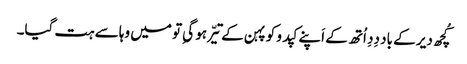
کُچھ دیر کے باد دِدِ اُتھ کے اَپنے کپدو کو پہن کے تیّر ہو گیِ تو میں وہا سے ہت گیا۔